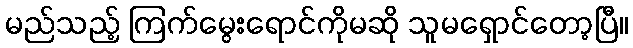
မည်သည့် ကြက်မွေးရောင်ကိုမဆို သူမရှောင်တော့ပြီ။